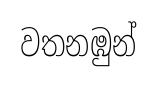
වතනඹුන්